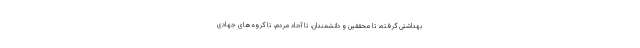
بهداشتی گرفته، تا محقّقین و دانشمندان، تا آحاد مردم، تا گروه‌های جهادی